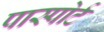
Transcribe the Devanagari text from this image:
पास्पोर्ट